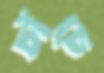
চাঁচে